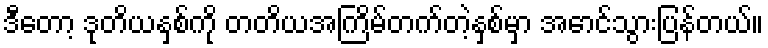
ဒီတော့ ဒုတိယနှစ်ကို တတိယအကြိမ်တက်တဲ့နှစ်မှာ အောင်သွားပြန်တယ်။